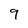
Character: 9